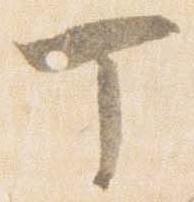
丁